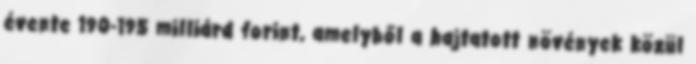
évente 190-195 milliárd forint, amelyből a hajtatott növények közül